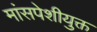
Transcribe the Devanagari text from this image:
मांसपेशीयुक्त